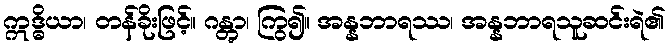
ဣဒ္ဓိယာ၊ တန်ခိုးဖြင့်။ ဂန္တွာ၊ ကြွ၍။ အန္နဘာရဿ၊ အန္နဘာရသူဆင်းရဲ၏